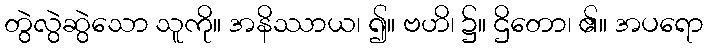
တွဲလွဲဆွဲသော သူကို။ အနိဿာယ၊ ၍။ ဗဟိ၊ ၌။ ဌိတော၊ ၏။ အပရော